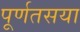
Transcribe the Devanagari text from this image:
पूर्णतसया